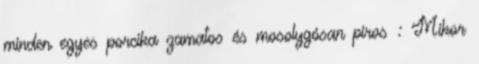
minden egyes porcika zamatos és mosolygósan piros : Mikor